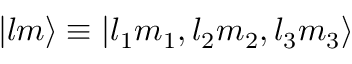
| l m \rangle \equiv | l _ { 1 } m _ { 1 } , l _ { 2 } m _ { 2 } , l _ { 3 } m _ { 3 } \rangle